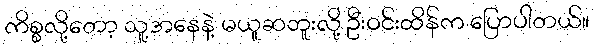
ကိစ္စလို့တော့ သူ့အနေနဲ့ မယူဆဘူးလို့ ဦးဝင်းထိန်က ပြောပါတယ်။